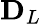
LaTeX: \mathbf{D}_{L}